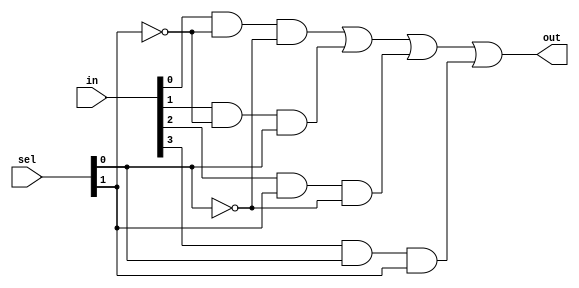
module mux4_to_1(out,in,sel);
    output out;
    input  [3:0] in;
    input [1:0] sel;
    
    wire n0,n1,a0,a1,a2,a3;
    
    not not0(n0,sel[0]);
    not not1(n1,sel[1]);
    
    and and0(a0,in[0],n1,n0);
    and and1(a1,in[1],n1,sel[0]);
    and and2(a2,in[2],sel[1],n0);
    and and3(a3,in[3],sel[0],sel[1]);
    
    or or1(out,a0,a1,a2,a3);
endmodule

module mux16_to_1(out,in,sel);
    output out;
    input [15:0] in;
    input [3:0] sel;
    
    wire [3:0] middle;
    
    mux4_to_1 mux1(middle[0],in[3:0],sel[1:0]);
    mux4_to_1 mux2(middle[1],in[7:4],sel[1:0]);
    mux4_to_1 mux3(middle[2],in[11:8],sel[1:0]);
    mux4_to_1 mux4(middle[3],in[15:12],sel[1:0]);
    mux4_to_1 mux5(out,middle[3:0],sel[3:2]);    
endmodule